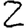
Digit: 2